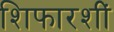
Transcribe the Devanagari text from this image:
शिफारशीं